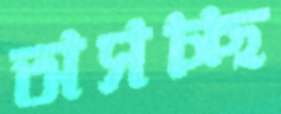
অসচ্ছ